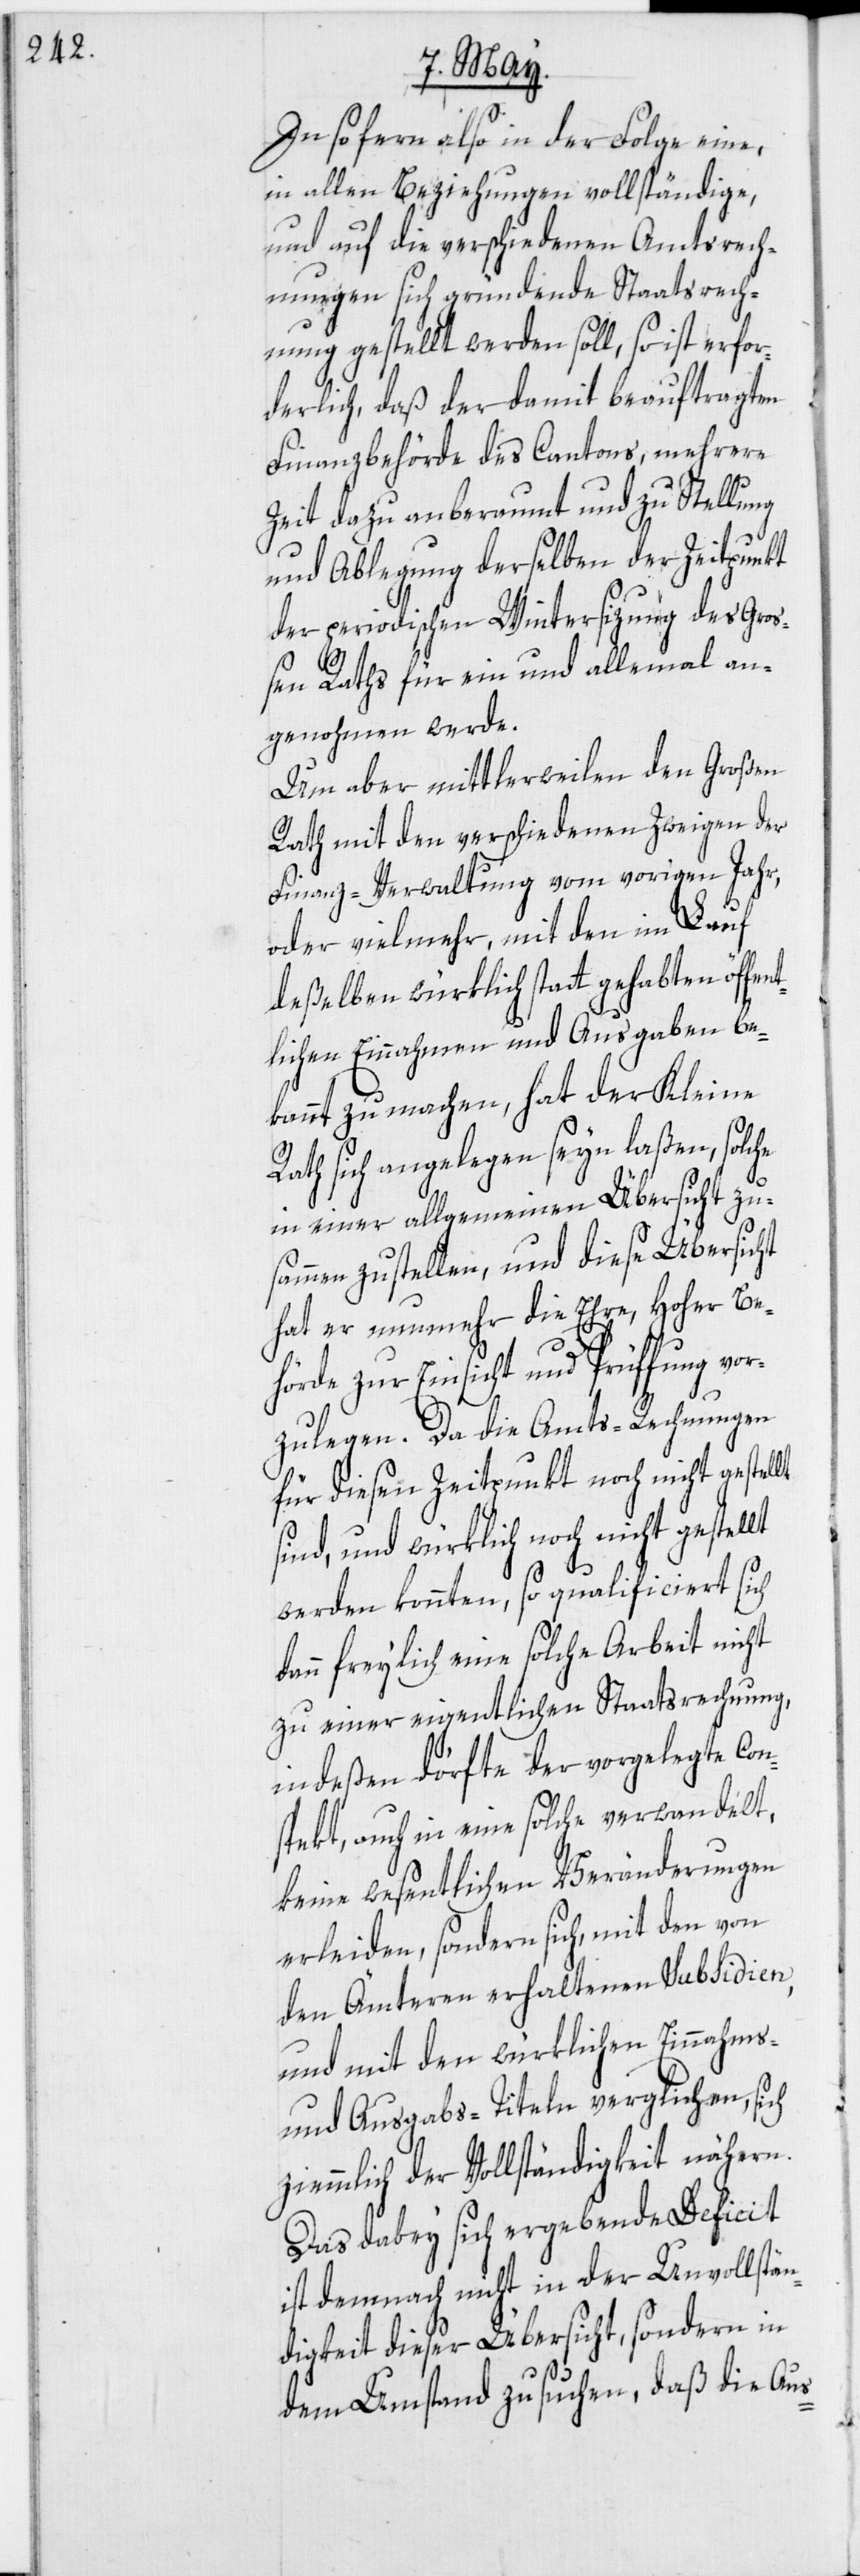
z¬

Insofern also in der Folge eine,
in allen Beziehungen vollständige,
und auf die verschiedenen Amtsrech¬
nungen sich gründende Staatsrech¬
nung gestellt werden soll, so ist erfor¬
derlich, daß der damit beauftragten
Finanzbehörde des Cantons, mehrere
Zeit dazu anberaumt und zu Stellung
und Ablegung derselben der Zeitpunkt
der periodischen Wintersizung des Gro¬
ßen Raths für ein und allemal an¬
genohmen werde.
Um aber mittlerweilen den Großen
Rath mit den verschiedenen Zweigen der
Finanz-Verwaltung vom vorigen Jahr,
oder vielmehr, mit den im Lauf
deßelben würklich statt gehabten öffen¬
tlichen Einnahmen und Ausgaben be¬
kannt zu machen, hat der Kleine
Rath sich angelegen seyn laßen, solche
in einer allgemeinen Übersicht zu¬
sammen zu stellen, und diese Übersicht
hat er nunmehr die Ehre, Hoher Be¬
hörde zur Einsicht und Prüffung vor¬
zulegen. Da die Amts-Rechnungen
für diesen Zeitpunkt noch nicht gestellt
sind, und würklich noch nicht gestel¬
werden konnten, so qualificiert sich
dann freylich eine solche Arbeit nicht
zu einer eigentlichen Staatsrechnung,
indeßen dörfte der vorgelegte Con¬
spekt, auch in eine solche verwandelt,
keine wesentlichen Veränderungen
erleiden, sondern sich, mit den von
den Ämteren erhaltenen Subsidien,
und mit den würklichen Einnahms-
und Ausgabs-Titeln verglichen, sich
iemmlich der Vollständigkeit nähern.
Das dabey sich ergebende Deficit
ist demnach nicht in der Unvollstän¬
digkeit dieser Übersicht, sondern in
dem Umstand zu suchen, daß die Aus-